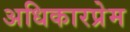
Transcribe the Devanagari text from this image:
अधिकारप्रेम